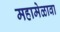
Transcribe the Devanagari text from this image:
महामेळावा